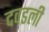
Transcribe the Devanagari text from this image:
दवडली